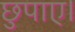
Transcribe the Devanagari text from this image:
छुपाए।